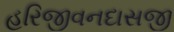
હરિજીવનદાસજી